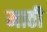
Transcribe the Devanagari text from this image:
माठी